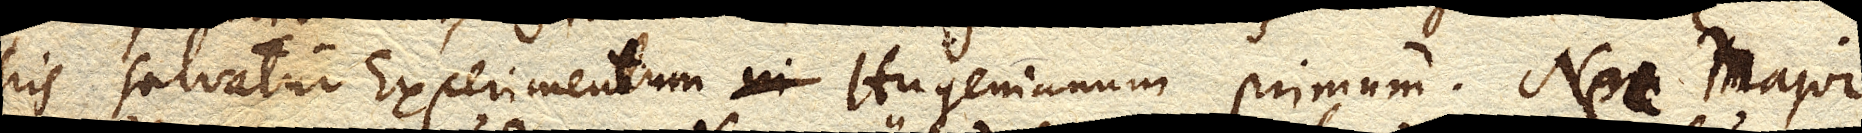
his salvatur Experimentum Hugenianum primum. Nec major